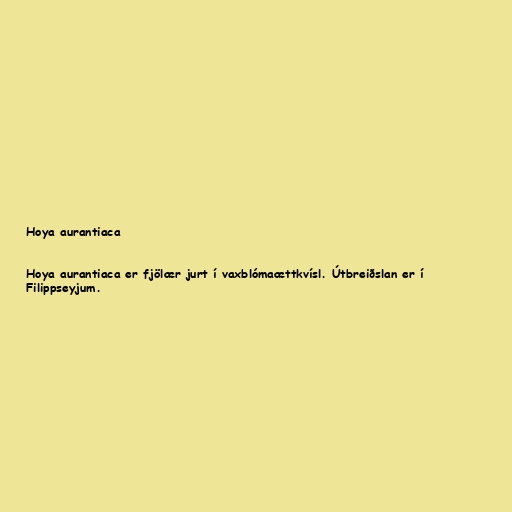
Hoya aurantiaca

Hoya aurantiaca er fjölær jurt í vaxblómaættkvísl. Útbreiðslan er í
Filippseyjum.